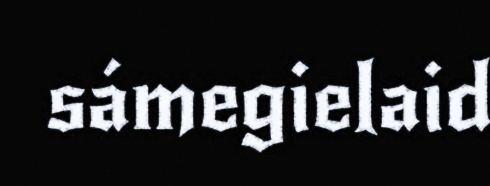
sámegielaid